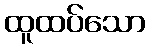
ထူထပ်သော